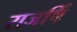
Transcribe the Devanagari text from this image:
राजषिँ